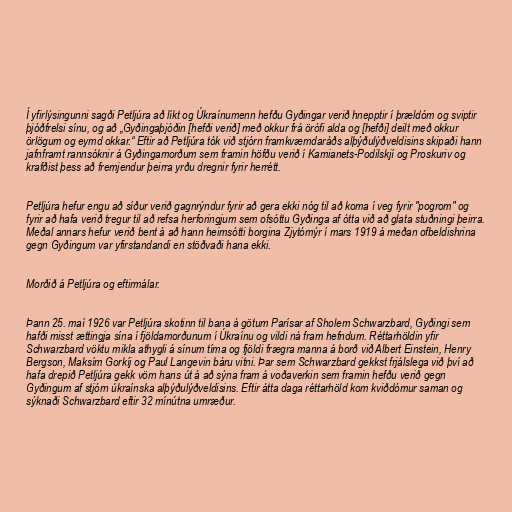
Í yfirlýsingunni sagði Petljúra að líkt og Úkraínumenn hefðu Gyðingar verið hnepptir í þrældóm og sviptir
þjóðfrelsi sínu, og að „Gyðingaþjóðin [hefði verið] með okkur frá örófi alda og [hefði] deilt með okkur
örlögum og eymd okkar.“ Eftir að Petljúra tók við stjórn framkvæmdaráðs alþýðulýðveldisins skipaði hann
jafnframt rannsóknir á Gyðingamorðum sem framin höfðu verið í Kamianets-Podilskjí og Proskuriv og
krafðist þess að fremjendur þeirra yrðu dregnir fyrir herrétt.

Petljúra hefur engu að síður verið gagnrýndur fyrir að gera ekki nóg til að koma í veg fyrir "pogrom" og
fyrir að hafa verið tregur til að refsa herforingjum sem ofsóttu Gyðinga af ótta við að glata stuðningi þeirra.
Meðal annars hefur verið bent á að hann heimsótti borgina Zjytómýr í mars 1919 á meðan ofbeldishrina
gegn Gyðingum var yfirstandandi en stöðvaði hana ekki.

Morðið á Petljúra og eftirmálar.

Þann 25. maí 1926 var Petljúra skotinn til bana á götum Parísar af Sholem Schwarzbard, Gyðingi sem
hafði misst ættingja sína í fjöldamorðunum í Úkraínu og vildi ná fram hefndum. Réttarhöldin yfir
Schwarzbard vöktu mikla athygli á sínum tíma og fjöldi frægra manna á borð við Albert Einstein, Henry
Bergson, Maksím Gorkíj og Paul Langevin báru vitni. Þar sem Schwarzbard gekkst frjálslega við því að
hafa drepið Petljúra gekk vörn hans út á að sýna fram á voðaverkin sem framin hefðu verið gegn
Gyðingum af stjórn úkraínska alþýðulýðveldisins. Eftir átta daga réttarhöld kom kviðdómur saman og
sýknaði Schwarzbard eftir 32 mínútna umræður.